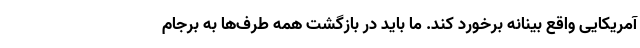
آمریکایی واقع بینانه برخورد کند. ما باید در بازگشت همه طرف‌ها به برجام